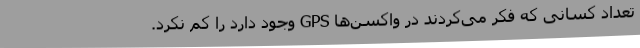
تعداد کسانی که فکر می‌کردند در واکسن‌ها GPS وجود دارد را کم نکرد.